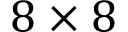
8 \times 8